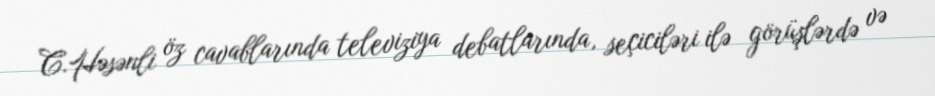
C.Həsənli öz cavablarında televiziya debatlarında, seçiciləri ilə görüşlərdə və